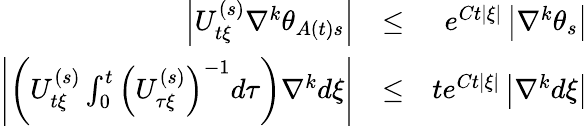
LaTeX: \begin{array}{rlr}{\left\vert U_{t\xi}^{\left(s\right)}\nabla^{k}\theta_{A\left(t\right)s}\right\vert}&{\leq}&{e^{Ct\left\vert\xi\right\vert}\left\vert\nabla^{k}\theta_{s}\right\vert}\\ {\left\vert\left(U_{t\xi}^{\left(s\right)}\int_{0}^{t}\left(U_{\tau\xi}^{\left(s\right)}\right)^{-1}d\tau\right)\nabla^{k}d\xi\right\vert}&{\leq}&{te^{Ct\left\vert\xi\right\vert}\left\vert\nabla^{k}d\xi\right\vert}\end{array}